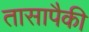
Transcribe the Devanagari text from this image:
तासापैकी